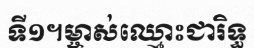
ទី១។ម្ចាស់ឈ្មោះជារិទ្ធ